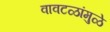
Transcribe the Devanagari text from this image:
वावटळांमुळे